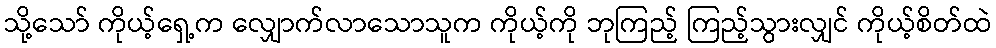
သို့သော် ကိုယ့်ရှေ့က လျှောက်လာသောသူက ကိုယ့်ကို ဘုကြည့် ကြည့်သွားလျှင် ကိုယ့်စိတ်ထဲ